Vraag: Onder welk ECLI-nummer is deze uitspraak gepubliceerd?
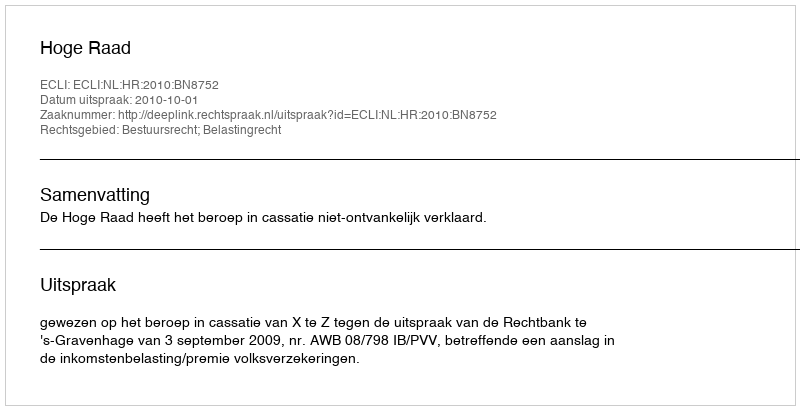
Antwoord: ECLI:NL:HR:2010:BN8752